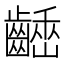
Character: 𪙒